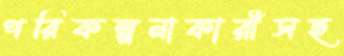
পরিকল্পনাকারীসহ